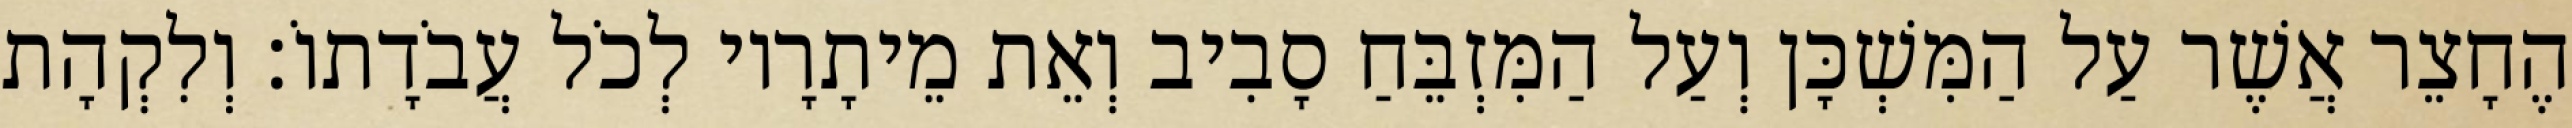
הֶחָצֵר אֲשֶׁר עַל הַמִּשְׁכָּן וְעַל הַמִּזְבֵּחַ סָבִיב וְאֵת מֵיתָרָיו לְכֹל עֲבֹדָתוֹ׃ וְלִקְהָת